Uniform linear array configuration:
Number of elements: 24
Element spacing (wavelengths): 0.75
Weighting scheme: uniform
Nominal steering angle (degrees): -30
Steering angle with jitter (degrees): -29.537
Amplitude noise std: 0.05
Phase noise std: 0.05

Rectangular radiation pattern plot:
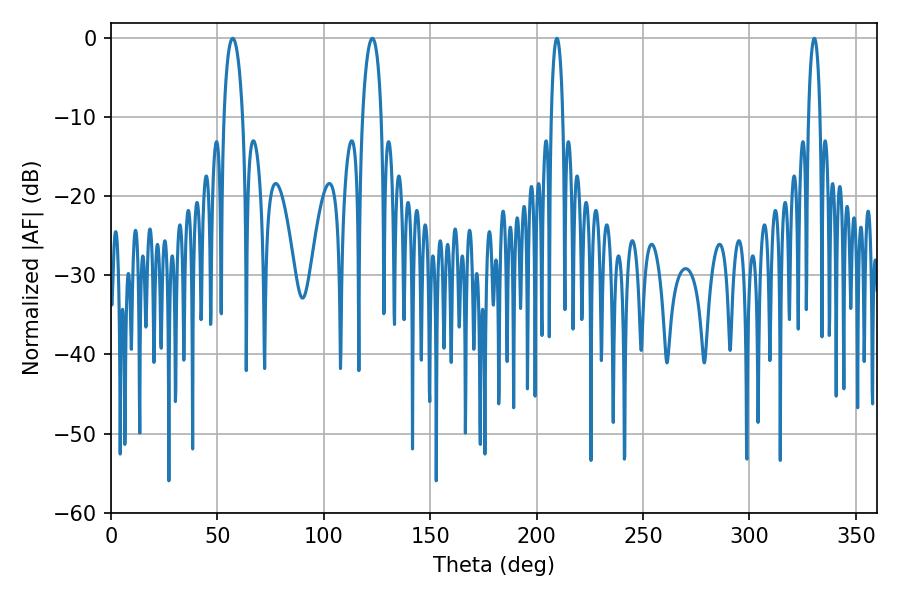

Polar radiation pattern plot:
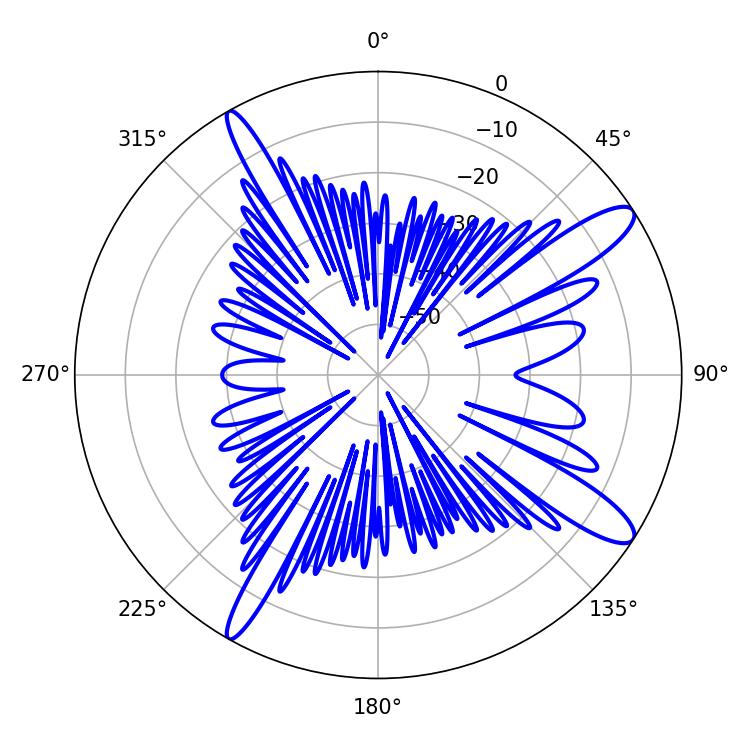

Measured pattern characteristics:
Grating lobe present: TRUE
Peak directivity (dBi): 12.68
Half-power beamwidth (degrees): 3.06
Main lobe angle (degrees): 330.48